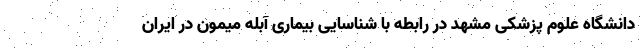
دانشگاه علوم پزشکی مشهد در رابطه با شناسایی بیماری آبله میمون در ایران